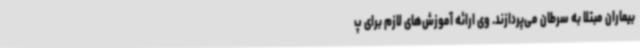
بیماران مبتلا به سرطان می‌پردازند. وی ارائه آموزش‌های لازم برای پ